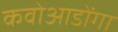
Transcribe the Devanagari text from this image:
कवोआडोंगा